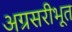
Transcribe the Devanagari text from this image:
अग्रसरीभूत